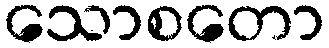
သောစတော